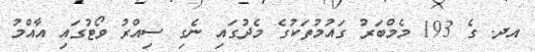
އދ. ގެ 193 މެމްބަރު ގައުމުތަކުގެ މެދުގައި ނެގި ސިއްރު ވޯޓުގައި އާއްމު